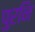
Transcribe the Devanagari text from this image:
पुरनि